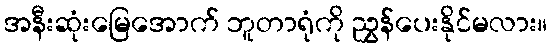
အနီးဆုံးမြေအောက် ဘူတာရုံကို ညွှန်ပေးနိုင်မလား။